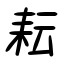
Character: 耘